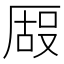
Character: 𫨒